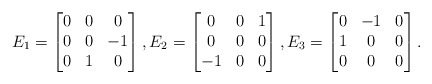
\begin{align*}E_1 = \begin{bmatrix} 0 & 0 & 0 \\ 0 & 0 & -1 \\ 0 & 1 & 0\end{bmatrix},E_2 = \begin{bmatrix} 0 & 0 & 1 \\ 0 & 0 & 0 \\ -1 & 0 & 0\end{bmatrix},E_3 = \begin{bmatrix} 0 & -1 & 0 \\ 1 & 0 & 0 \\ 0 & 0 & 0\end{bmatrix}.\end{align*}